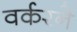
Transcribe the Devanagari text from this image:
वर्करने